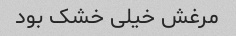
مرغش خیلی خشک بود